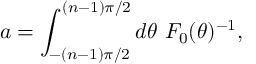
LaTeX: a = \int _ { - ( n - 1 ) \pi / 2 } ^ { ( n - 1 ) \pi / 2 } d \theta ~ { \cal F } _ { 0 } ( \theta ) ^ { - 1 } ,